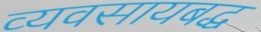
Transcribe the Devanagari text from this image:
व्यवसायबद्ध